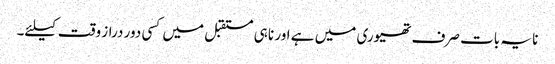
نا یہ بات صرف تھیوری میں ہے اور نا ہی مستقبل میں کسی دور دراز وقت کیلئے۔